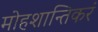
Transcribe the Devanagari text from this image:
मोहशान्तिकरं